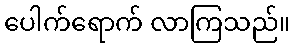
ပေါက်ရောက် လာကြသည်။